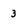
Character: 3